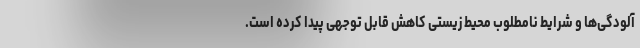
آلودگی‌ها و شرایط نامطلوب محیط زیستی کاهش قابل توجهی پیدا کرده است.